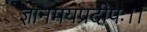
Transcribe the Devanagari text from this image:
ज्ञानमयप्रदीपः।।